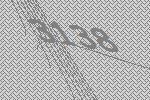
3138